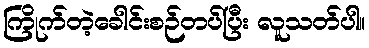
ကြိုက်တဲ့ခေါင်းစဉ်တပ်ပြီး လူသတ်ပါ။